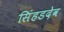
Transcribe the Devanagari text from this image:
सिंहडदेव